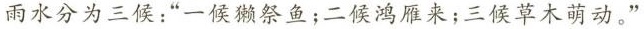
雨水分为三候：”一侯獭祭鱼；二候鸿雁来；三候草木萌动。